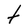
Character: t